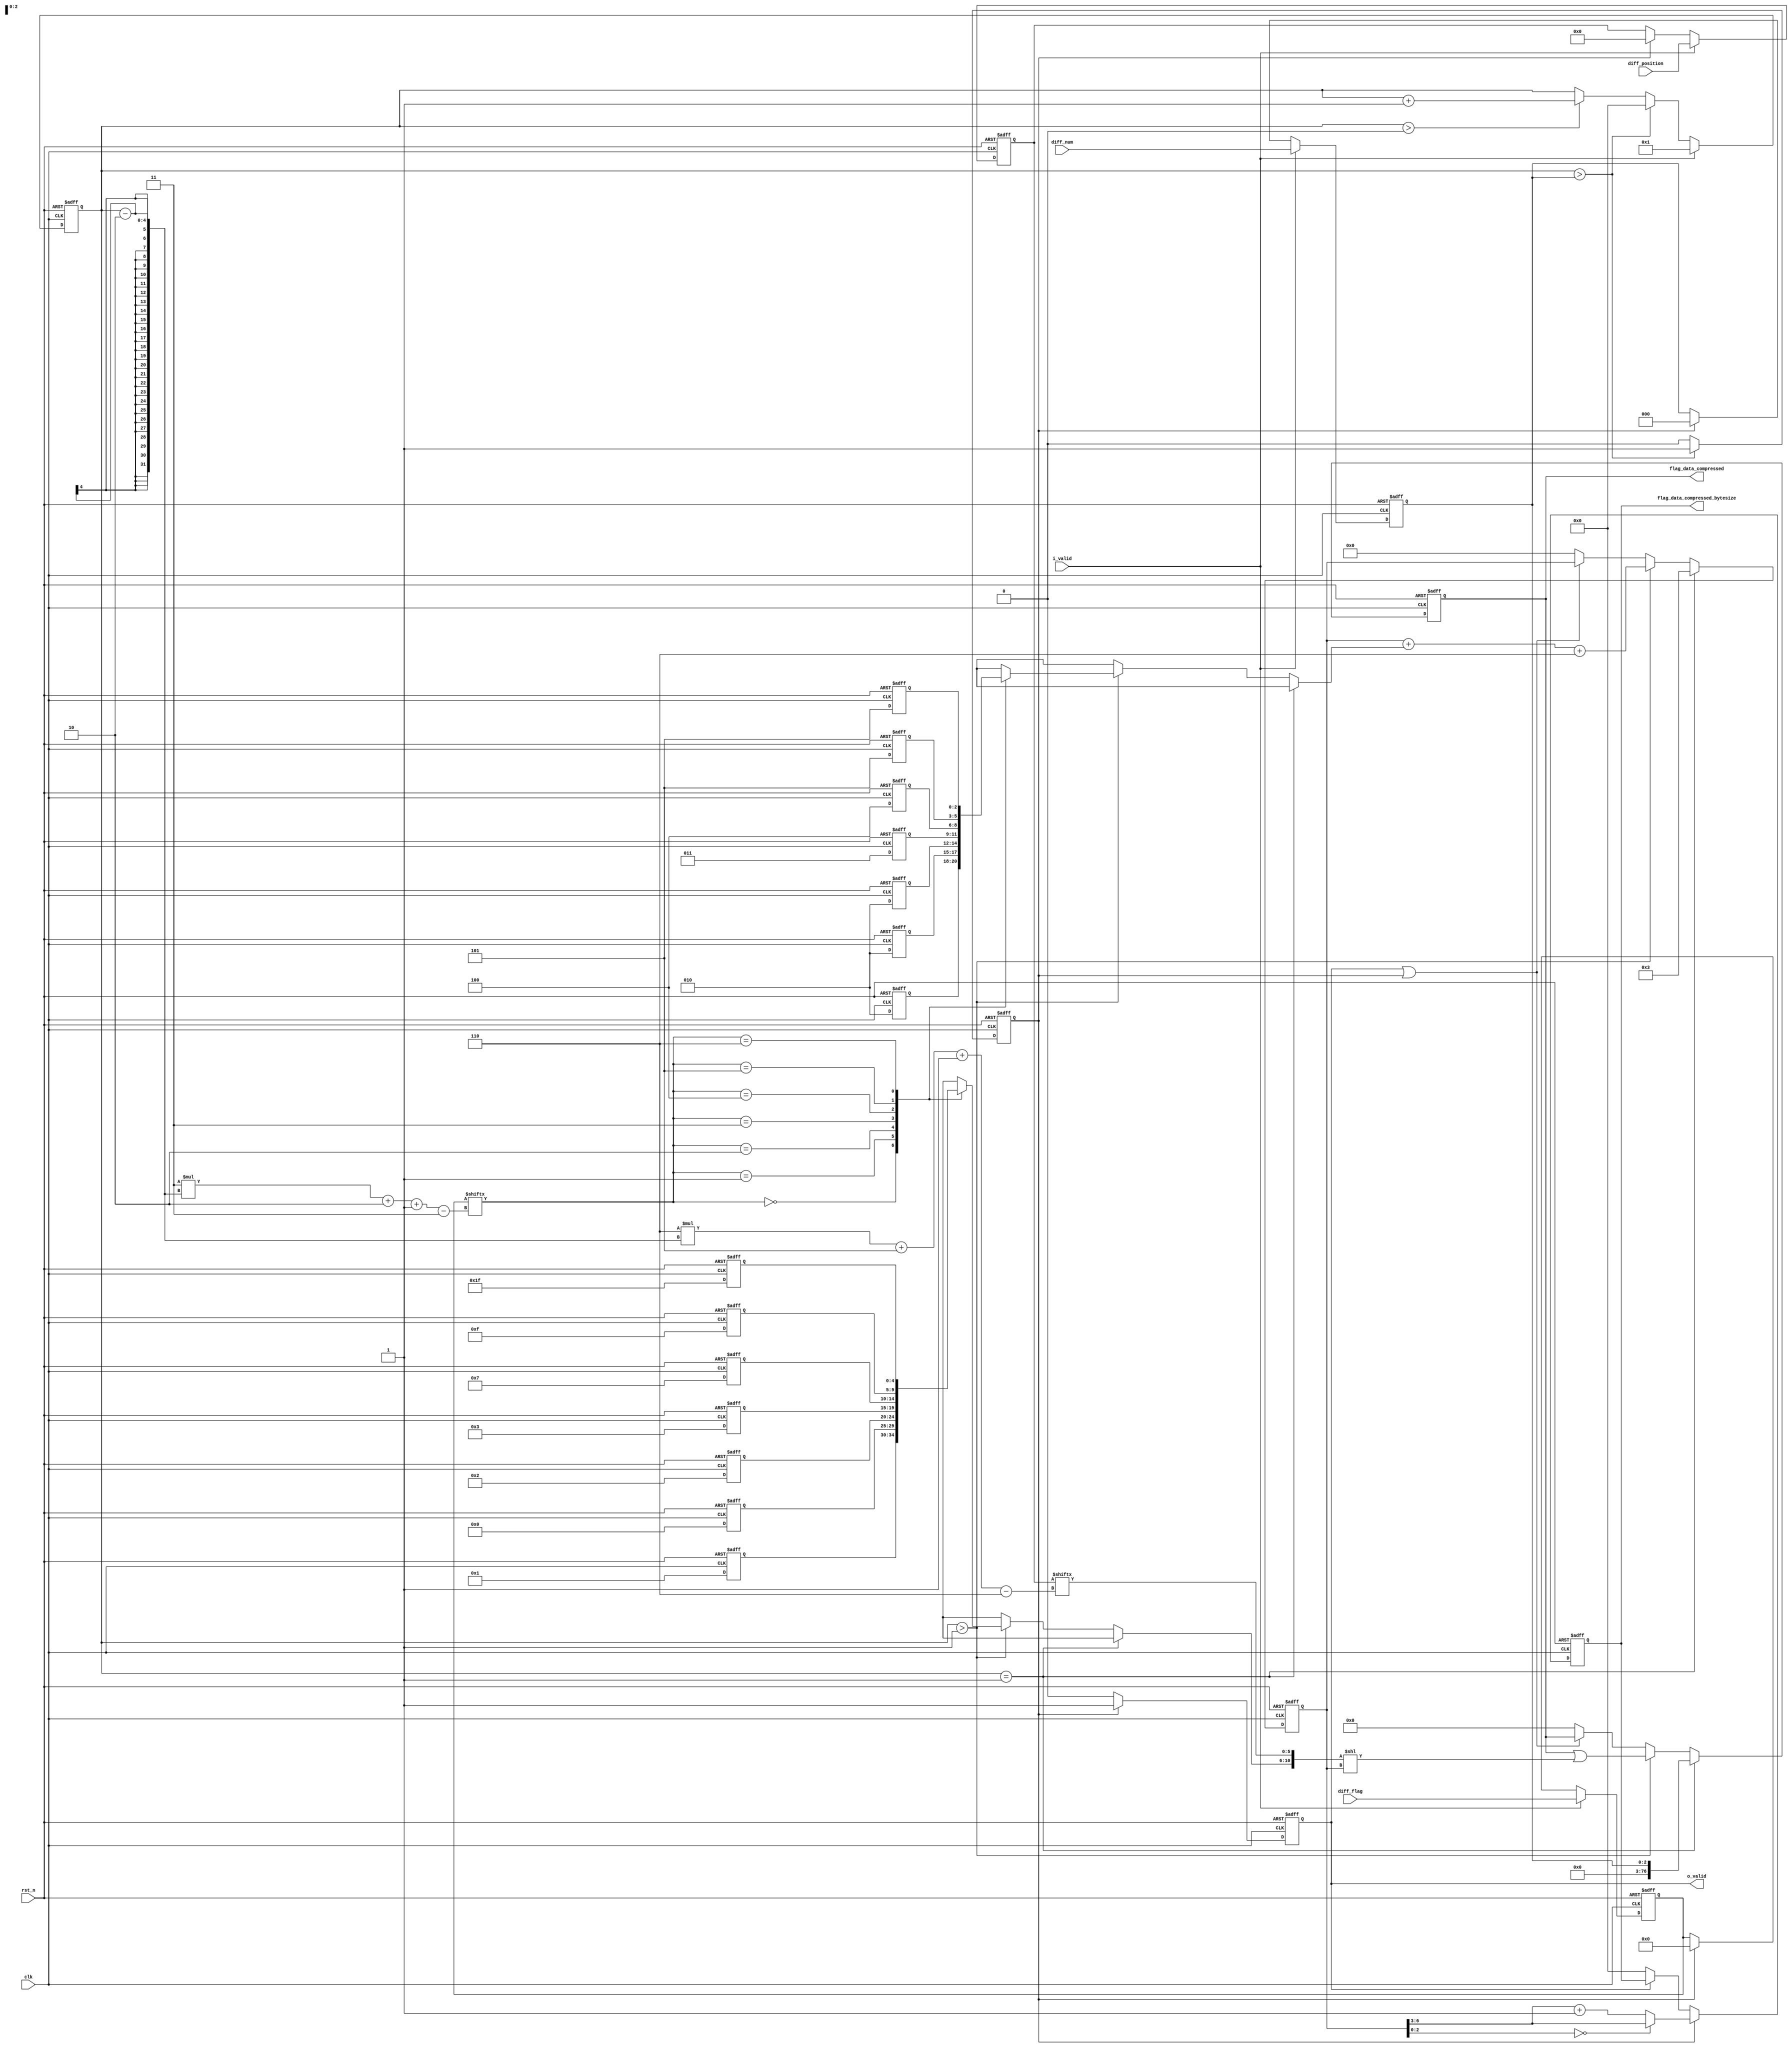
`timescale 1ns / 1ps

module compress_core_flag_bgr_same#
(
    parameter TILE_SIZE = 4'd8
)
(
    input					clk,
    input					rst_n,
	input					i_valid,
	
    input	[6*7 - 1 : 0]	diff_position,
	input	[3*7 - 1 : 0]	diff_flag,
    input   [2 : 0]         diff_num,

	output reg	[76 : 0]	flag_data_compressed,
	output reg	[3 : 0]		flag_data_compressed_bytesize,
	output reg				o_valid
    );

	reg	[2 : 0]	shift_data [6 : 0];
    reg	[4 : 0]	add_data [6 : 0];

    reg [6*7 - 1 : 0]   temp_diff_position;
    reg [3*7 - 1 : 0]   temp_diff_flag;
    reg [2 : 0]         temp_diff_num;

    reg [6 : 0] flag_data_compressed_bitsize;

    reg stage_0_valid;

    reg [3 : 0] cnt;

    always @(negedge rst_n or posedge clk)
    begin
        if(!rst_n)
        begin
            shift_data[0] <= 3'd0;
            shift_data[1] <= 3'd0;
            shift_data[2] <= 3'd0;
            shift_data[3] <= 3'd0;
            shift_data[4] <= 3'd0;
            shift_data[5] <= 3'd0;
            shift_data[6] <= 3'd0;
        end
        else
        begin
            shift_data[0] <= 3'd2;
            shift_data[1] <= 3'd2;
            shift_data[2] <= 3'd2;
            shift_data[3] <= 3'd3;
            shift_data[4] <= 3'd4;
            shift_data[5] <= 3'd5;
            shift_data[6] <= 3'd5;
        end
    end

    always @(negedge rst_n or posedge clk)
    begin
        if(!rst_n)
        begin
            add_data[0]   <= 5'd0;
            add_data[1]   <= 5'd0;
            add_data[2]   <= 5'd0;
            add_data[3]   <= 5'd0;
            add_data[4]   <= 5'd0;
            add_data[5]   <= 5'd0;
            add_data[6]   <= 5'd0;
        end
        else
        begin
            add_data[0]   <= 5'd1;
            add_data[1]   <= 5'd0;
            add_data[2]   <= 5'd2;
            add_data[3]   <= 5'd3;
            add_data[4]   <= 5'd7;
            add_data[5]   <= 5'd15;
            add_data[6]   <= 5'd31;
        end
    end

    always @(negedge rst_n or posedge clk)
    begin
        if(!rst_n)
        begin
            temp_diff_position <= 42'b0;
            temp_diff_flag <= 21'b0;
            temp_diff_num <= 3'b0;
        end
        else if(i_valid)
        begin
            temp_diff_position <= diff_position;
            temp_diff_flag <= diff_flag;
            temp_diff_num <= diff_num;
        end
        else if(stage_0_valid)
        begin
            temp_diff_position <= 42'b0;
            temp_diff_flag <= 21'b0;
            temp_diff_num <= 3'b0;
        end
        else 
        begin
            
        end
    end

    always @(negedge rst_n or posedge clk)
    begin
        if(!rst_n)
        begin
            cnt <= 4'b0;
        end
        else if(i_valid)
        begin
            cnt <= 4'd1;
        end
        else if(cnt > temp_diff_num)
        begin
            cnt <= 4'b0;
        end
        else if(cnt > 4'b0)
        begin
            cnt <= cnt + 1'b1;
        end
        else 
        begin
            
        end
    end


    always @(negedge rst_n or posedge clk)
    begin
        if(!rst_n)
        begin
            stage_0_valid <= 1'b0;
        end
        else if(cnt > temp_diff_num)
        begin
            stage_0_valid <= 1'b1;
        end
        else 
        begin
           stage_0_valid <= 1'b0; 
        end
    end

    always @(negedge rst_n or posedge clk)
    begin
        if(!rst_n)
        begin
            o_valid <= 1'b0;
        end
        else if(stage_0_valid)
        begin
            o_valid <= 1'b1;
        end
        else begin
            o_valid <= 1'b0;
        end
    end

    always @(negedge rst_n or posedge clk)
    begin
        if(!rst_n)
        begin
            flag_data_compressed <= 77'b0;
            flag_data_compressed_bitsize <= 7'b0;
        end
        else if(cnt == 4'd1)
        begin
            flag_data_compressed <= temp_diff_num;
            flag_data_compressed_bitsize <= 2'd3;
        end
        else if(cnt > 4'd1)
        begin
            flag_data_compressed <= flag_data_compressed | ({add_data[temp_diff_flag[3*(cnt - 2) + 2 -: 3]],temp_diff_position[6*(cnt - 2) + 5 -: 6]} << (flag_data_compressed_bitsize));
            flag_data_compressed_bitsize <= flag_data_compressed_bitsize + shift_data[temp_diff_flag[3*(cnt - 2) + 2 -: 3]] + 4'd6;
        end
        else if(o_valid || stage_0_valid)
        begin
            flag_data_compressed <= flag_data_compressed;
        end
        else
        begin
            flag_data_compressed <= 56'b0;
            flag_data_compressed_bitsize <= 7'b0;
        end
    end

    always @(negedge rst_n or posedge clk)
    begin
        if(!rst_n)
        begin
            flag_data_compressed_bytesize <= 4'b0;
        end
        else if(stage_0_valid)
        begin
            flag_data_compressed_bytesize <= (flag_data_compressed_bitsize[2 : 0] == 1'b0) ? (flag_data_compressed_bitsize[6 : 3]) : (flag_data_compressed_bitsize[6 : 3] + 1);
        end
        else if(o_valid)
        begin
            flag_data_compressed_bytesize <= flag_data_compressed_bytesize;
        end
        else 
        begin
            flag_data_compressed_bytesize <= 4'b0;
        end
    end
    
    reg [7:0] dis_flag_data_compressed[6:0];
    reg [5:0] dis_diff_position[6:0];
    
    integer i , j;
    always @(*)
    begin
        for(i=0;i<7;i=i + 1)
        begin
            dis_flag_data_compressed[i] <= flag_data_compressed[i*8 + 7 -: 8];
        end
        for(j=0;j<6;j=j+1)
        begin
            dis_diff_position[j] <= diff_position[6*j + 5 -: 6];
        end
    end
    

endmodule